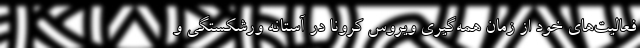
فعالیت‌های خود از زمان همه‌گیری ویروس کرونا در آستانه ورشکستگی و